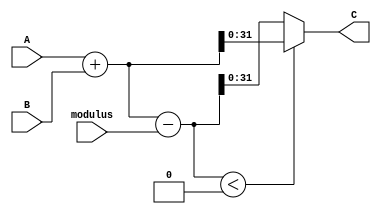
`timescale 1ns / 1ps

module mod_add #(
    parameter WIDTH = 32
  ) (
    input wire  [WIDTH-1:0] A,
    input wire  [WIDTH-1:0] B,
    input wire  [WIDTH-1:0] modulus,
    output wire [WIDTH-1:0] C
    );
      
    wire signed   [WIDTH:0] sum_mod;
    wire          [WIDTH:0] sum;
    
    assign sum  = A + B;
    assign sum_mod  = sum  - modulus;
    assign C = (sum_mod < 0) ? sum : sum_mod;
   
endmodule